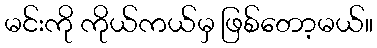
မင်းကို ကိုယ်ကယ်မှ ဖြစ်တော့မယ်။